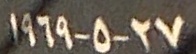
٢٧-٥-١٩٦٩